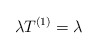
\begin{align*}\lambda T^{(1)}=\lambda\end{align*}